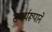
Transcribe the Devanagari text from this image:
समर्थरूपाने